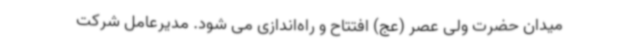
میدان حضرت ولی عصر (عج) افتتاح و راه‌اندازی می شود. مدیرعامل شرکت